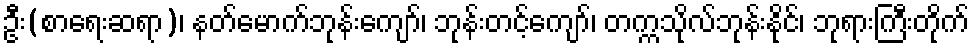
ဦး(စာရေးဆရာ)၊ နတ်မောက်ဘုန်းကျော်၊ ဘုန်းတင့်ကျော်၊ တက္ကသိုလ်ဘုန်းနိုင်၊ ဘုရားကြီးတိုက်